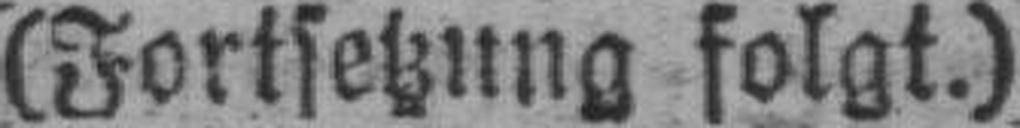
(Fortsetzung folgt.)